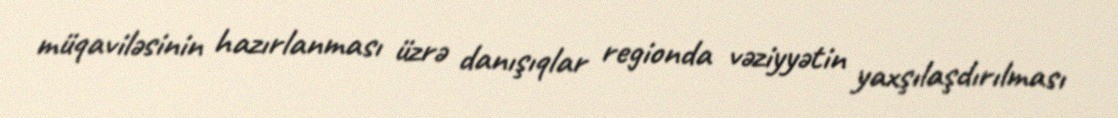
müqaviləsinin hazırlanması üzrə danışıqlar regionda vəziyyətin yaxşılaşdırılması